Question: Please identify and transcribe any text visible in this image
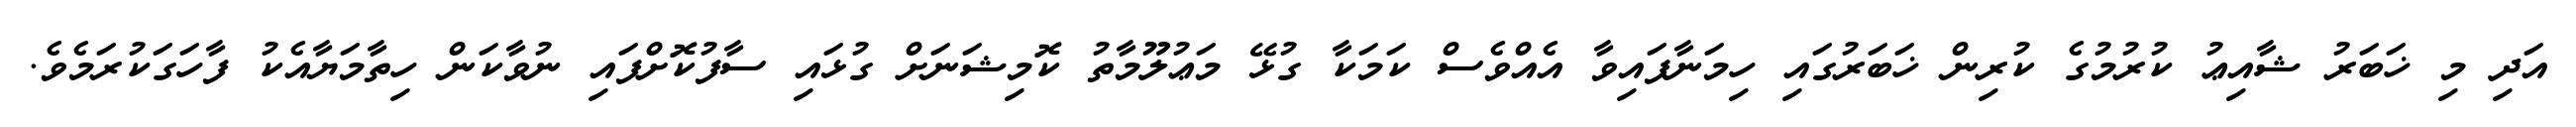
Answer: އަދި މި ޚަބަރު ޝާއިޢު ކުރުމުގެ ކުރިން ޚަބަރުގައި ހިމަނާފައިވާ އެއްވެސް ކަމަކާ ގުޅޭ މަޢުލޫމާތު ކޮމިޝަނަށް ގުޅައި ސާފުކޮށްފައި ނުވާކަން ހިތާމަޔާއެކު ފާހަގަކުރަމެވެ.